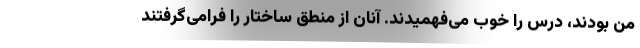
من بودند، درس را خوب می‌فهمیدند. آنان از منطق ساختار را فرامی‌گرفتند